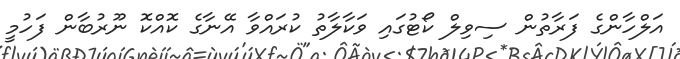
އަލްހާންގެ ފަރާތުން ސިވިލް ކޯޓުގައި ވަކާލާތު ކުރައްވާ އޭނާގެ ކޮއްކޮ ނޫރުބާން ފަހުމީ